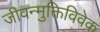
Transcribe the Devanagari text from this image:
जीवन्मुक्तिविवेक